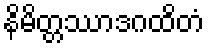
နိမိတ္တဿာဒဂထိတံ